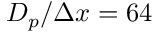
D _ { p } / \Delta x = 6 4